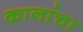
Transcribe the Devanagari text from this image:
कानांचा